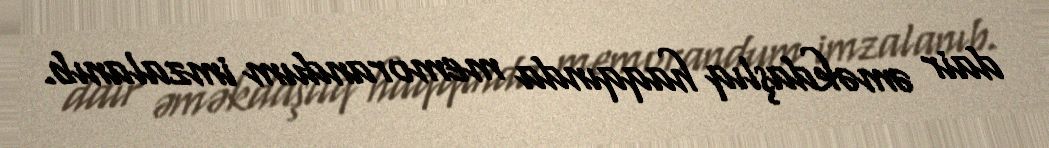
dair əməkdaşlıq haqqında memorandum imzalanıb.